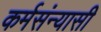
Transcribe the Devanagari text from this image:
कर्मसंन्यासी